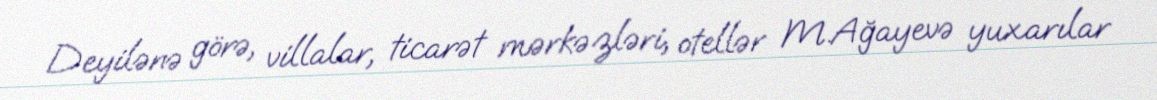
Deyilənə görə, villalar, ticarət mərkəzləri, otellər M.Ağayevə yuxarılar